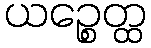
ယဉ္စေတ္ထ